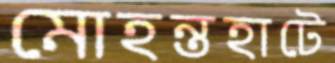
মোহন্তহাটে